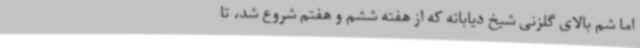
اما شم بالای گلزنی شیخ دیاباته که از هفته‌ ششم و هفتم شروع شد، تا